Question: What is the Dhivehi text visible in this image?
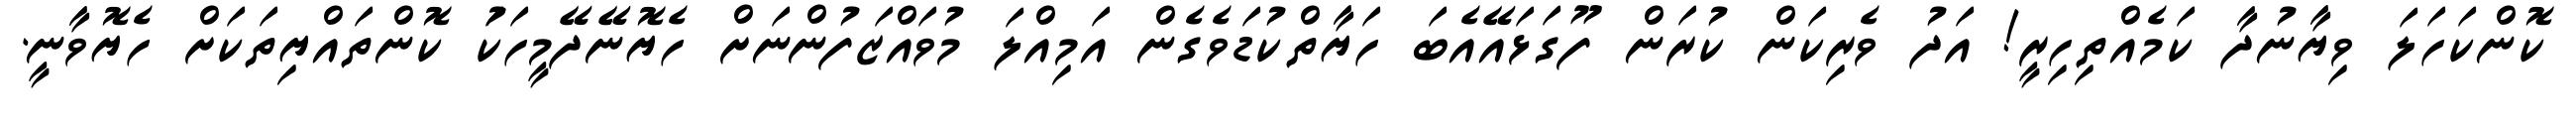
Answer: ކޮންކަހަލަ ވިޔާނުދާ ކަމެއްތިހިރީ! އަދު ވެރިކަން ކުރަން ފޫގަޅައޭއެބަ ހަޔާތްކުޑަވެގެން އަމިއްލަ މުވައްޒަފުންނަށް ހެޔޮނޭދޭމީހަކަު ކޮންތައްޔިތަކަށް ހެޔޮވާނީ.